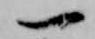
一